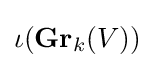
\iota (\mathbf {Gr} _{k}(V))